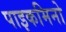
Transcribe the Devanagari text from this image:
पाइकमिनो